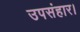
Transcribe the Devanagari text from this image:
उपसंहार।